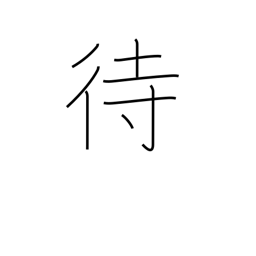
Meaning: wait